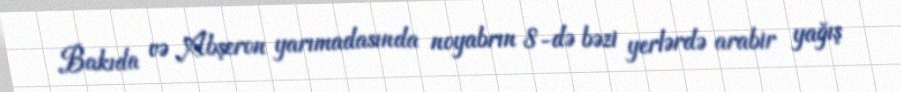
Bakıda və Abşeron yarımadasında noyabrın 8-də bəzi yerlərdə arabir yağış